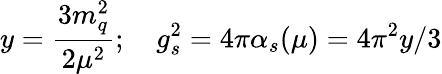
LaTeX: y=\frac{3m_{q}^{2}}{2\mu^{2}};\quad g_{s}^{2}=4\pi\alpha_{s}(\mu)=4\pi^{2}y/3